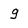
Character: g